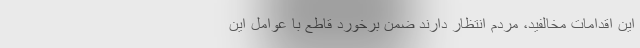
این اقدامات مخالفید، مردم انتظار دارند ضمن برخورد قاطع با عوامل این